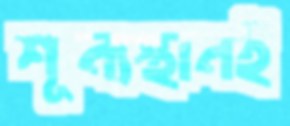
শূন্যস্থানই